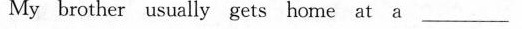
My brother usually gets home at a___